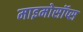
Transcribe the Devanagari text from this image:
माइमोसॉप्स